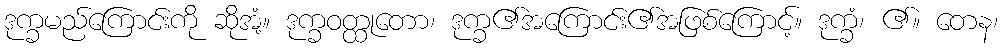
ဒုက္ခမည်ကြောင်းကို ဆိုအံ့။ ဒုက္ခဝတ္ထုတော၊ ဒုက္ခ၏အကြောင်း၏အဖြစ်ကြောင့်။ ဒုက္ခံ၊ ၏။ တေန၊